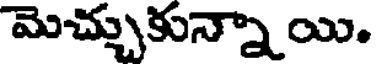
మెచ్చుకున్నా యి.